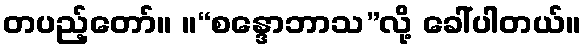
တပည့်တော်။ ။“စန္ဒောဘာသ”လို့ ခေါ်ပါတယ်။